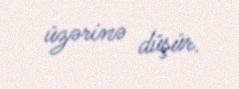
üzərinə düşür.